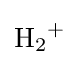
{\mathrm {H} {\vphantom {A}}_{\smash[{t}]{2}}{\vphantom {A}}^{+}}